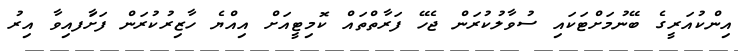
އިންކުއަރީގެ ބޭނުމަށްޓަކައި ސުވާލުކުރަން ޖެހޭ ފަރާތްތައް ކޮމިޓީއަށް އިއްޔެ ހާޒިރުކުރަން ފަށާަފއިވާ އިރު